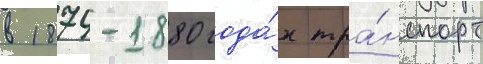
в 1874-1880 года́х тра́нспорт